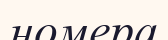
номера